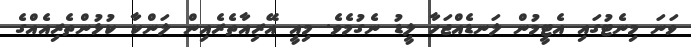
ވަނަ މިނެޓުގައި އެޓީމުން ލަނޑެއްޖަހާ ލީޑު ނެގުމެވެ. މިއީ އޭރިއާތެރެއިން ލަންކާ ކުޅުންތެރިއެއްގެ